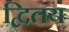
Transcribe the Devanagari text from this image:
द्वितय